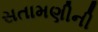
સતામણીની